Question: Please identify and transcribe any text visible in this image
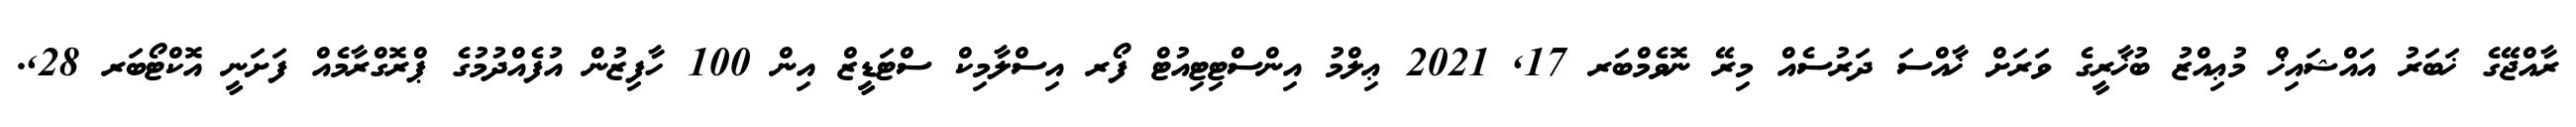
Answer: ރާއްޖޭގެ ޚަބަރު އައްޝައިޚް މުޢިއްޒު ބުޚާރީގެ ވަރަށް ޚާއްސަ ދަރުސެއް މިރޭ ނޮވެމްބަރ 17, 2021 ޢިލްމު އިންސްޓިޓިއުޓް ފޯރ އިސްލާމިކް ސްޓަޑީޒް އިން 100 ހާފިޒުން އުފެއްދުމުގެ ޕްރޮގްރާމެއް ފަށަނީ އޮކްޓޯބަރ 28,.